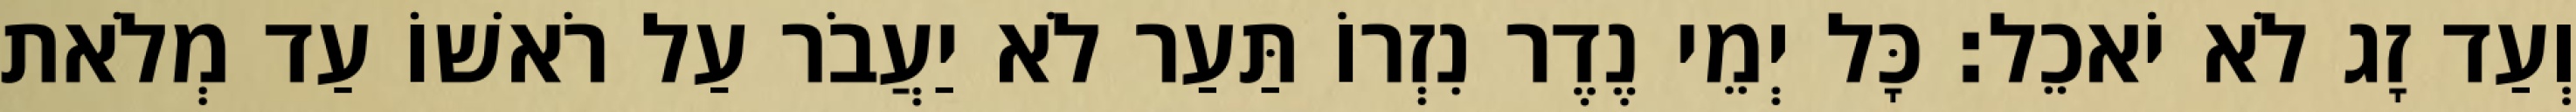
וְעַד זָג לֹא יֹאכֵל׃ כָּל יְמֵי נֶדֶר נִזְרוֹ תַּעַר לֹא יַעֲבֹר עַל רֹאשׁוֹ עַד מְלֹאת